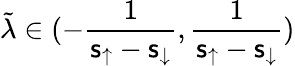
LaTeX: \tilde{\lambda}\in(-\frac{1}{\mathsf{s}_{\uparrow}-\mathsf{s}_{\downarrow}},\frac{1}{\mathsf{s}_{\uparrow}-\mathsf{s}_{\downarrow}})